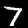
Digit: 7